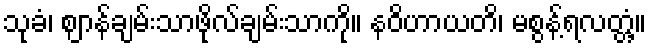
သုခံ၊ ဈာန်ချမ်းသာဖိုလ်ချမ်းသာကို။ နဝိဟာယတိ၊ မစွန့်ရလတ္တံ့။